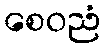
စေဝညံ